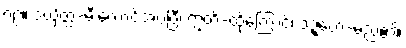
၈၉။ ဒယှိတ္ထ-မီးလောင်အပ်ပြီ၊ ဣတိ-ထို့ကြောင့်၊ ဒဍ္ဎော-မည်၏၊